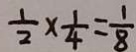
\frac { 1 } { 2 } \times \frac { 1 } { 4 } = \frac { 1 } { 8 }